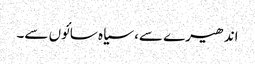
اندھیرے سے، سیاہ سائوں سے۔